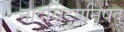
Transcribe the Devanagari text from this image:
नादविंदूपनिषद्